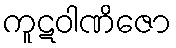
ကူဋဝါဏိဇော